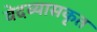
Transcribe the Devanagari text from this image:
वेदव्यासकृत